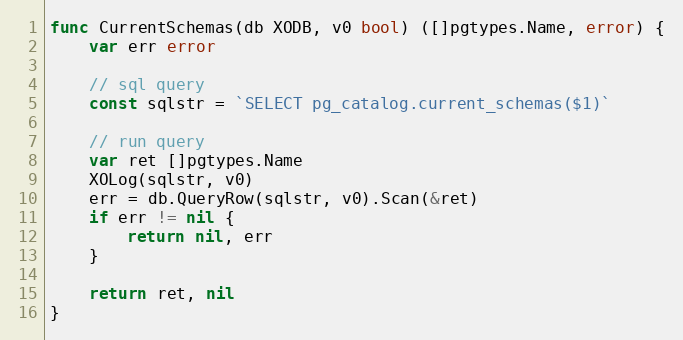
Language: Go
func CurrentSchemas(db XODB, v0 bool) ([]pgtypes.Name, error) {
	var err error

	// sql query
	const sqlstr = `SELECT pg_catalog.current_schemas($1)`

	// run query
	var ret []pgtypes.Name
	XOLog(sqlstr, v0)
	err = db.QueryRow(sqlstr, v0).Scan(&ret)
	if err != nil {
		return nil, err
	}

	return ret, nil
}